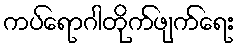
ကပ်ရောဂါတိုက်ဖျက်ရေး